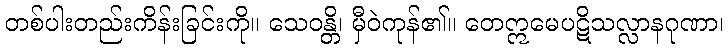
တစ်ပါးတည်းကိန်းခြင်းကို။ သေဝန္တိ၊ မှီဝဲကုန်၏။ တေဣမေပဋိသလ္လာနဂုဏာ၊